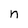
Character: n